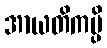
အာယတိကမ္ပိ